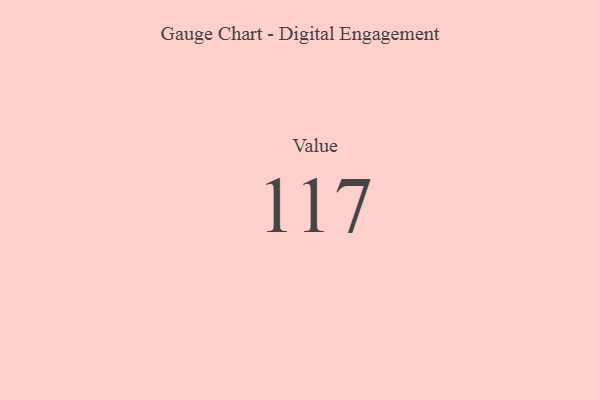
{"axis": {"x": "Metric", "y": "Value"}, "legend": [""], "data": [{"x": "Value", "y": 117, "type": ""}]}